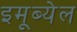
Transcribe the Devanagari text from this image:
इमूब्येल